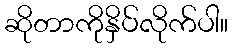
ဆိုတာကိုနှိပ်လိုက်ပါ။